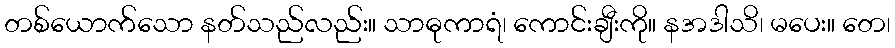
တစ်ယောက်သော နတ်သည်လည်း။ သာဓုကာရံ၊ ကောင်းချီးကို။ နအဒါသိ၊ မပေး။ တေ၊